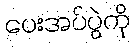
ပေးအပ်ပွဲကို